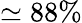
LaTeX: \simeq 88\%